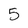
Character: 5